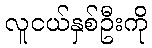
လူငယ်နှစ်ဦးကို